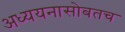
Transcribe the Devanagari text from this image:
अध्ययनासोबतच